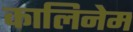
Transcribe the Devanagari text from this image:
कालिनेम